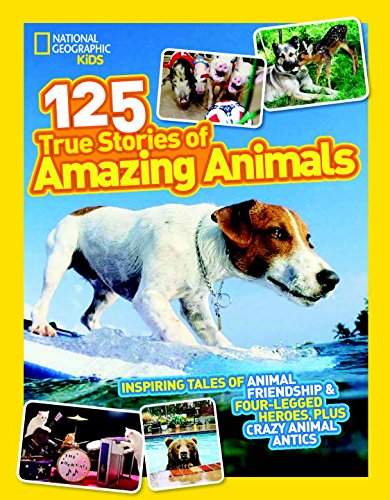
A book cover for National Geographic Kids 125 True Stories of Amazing Animals: Inspiring Tales of Animal Friendship & Four-Legged Heroes, Plus Crazy Animal Antics; National Geographic Kids; Children's Books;